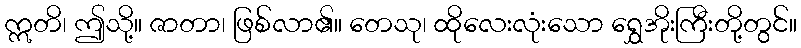
ဣတိ၊ ဤသို့။ ဇာတာ၊ ဖြစ်လာ၏။ တေသု၊ ထိုလေးလုံးသော ရွှေအိုးကြီးတို့တွင်။